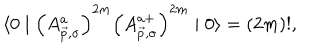
LaTeX: \langle 0 \mid \left( A _ { \vec { p } , \sigma } ^ { a } \right) ^ { 2 m } \left( A _ { \vec { p } , \sigma } ^ { a + } \right) ^ { 2 m } \mid 0 \rangle = \left( 2 m \right) ! ,